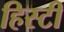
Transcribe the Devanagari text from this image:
हिस्टी